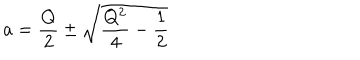
LaTeX: a = \frac { Q } { 2 } \pm \sqrt { \frac { Q ^ { 2 } } { 4 } - \frac { 1 } { 2 } }